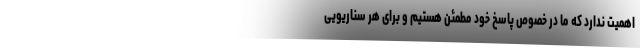
اهمیت ندارد که ما در خصوص پاسخ خود مطمئن هستیم و برای هر سناریویی